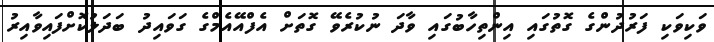
ވަކިވަކި ފަރުދުންގެ ގޮތުގައި އިންތިހާބުގައި ވާދަ ނުކުރެވޭ ގޮތަށް އެފްއޭއެމްގެ ގަވައިދު ބަދަލުކޮށްފައިވާއިރު